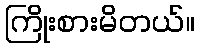
ကြိုးစားမိတယ်။